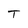
Character: T